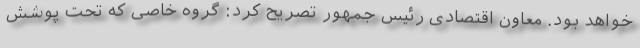
خواهد بود. معاون اقتصادی رئیس جمهور تصریح کرد: گروه خاصی که تحت پوشش